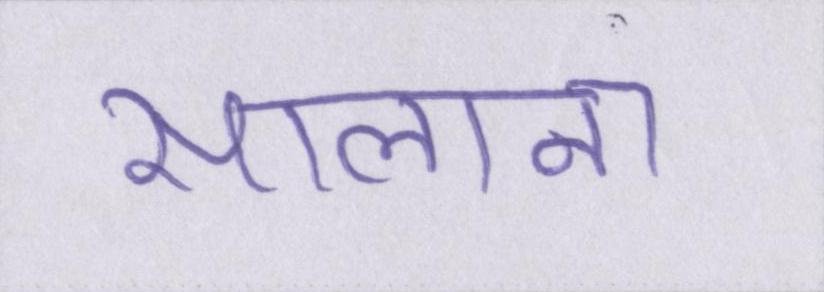
सालाना